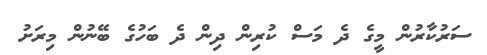
ސަރުކާރުން މީގެ ދެ މަސް ކުރިން ދިން ދެ ބަހުގެ ބޭނުން މިރަށު